Annual report on the Civil Veterinary Department, Burma (including the Insein Veterinary School) - 1932-1941
Year: 1932
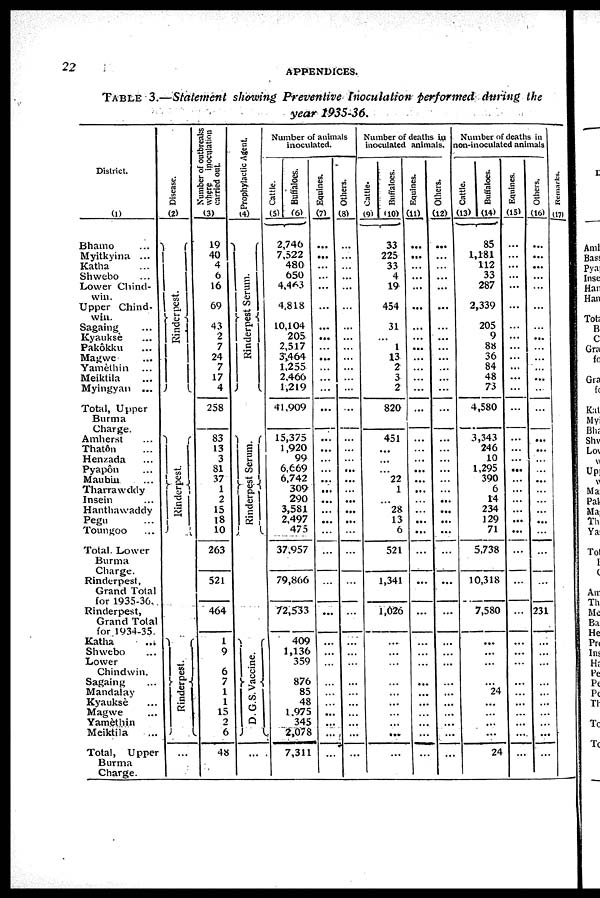
22
APPENDICES.
TABLE
3.—Statement showing Preventive
Inoculation
performed
during
the
year
2935-36.
District.
(1)
Bhamo
...
Myitkyina ...
Katha ...
Shwebo ...
Lower Chind-
win.
Upper Chind-
win.
Sagaing ...
Kyaukse ...
Pakôkku ...
Magwe ...
Yamèthin ...
Meiktila ...
Myingyan ...
Total, Upper
Burma
Charge.
Amherst ...
Thatôn ...
Henzada ...
Pyapôn ...
Maubm ...
Tharrawddy
Insein ...
Hanthawaddy
Pegu ...
Toungoo ...
Total. Lower
Burma
Charge.
Rinderpest,
Grand Total
for 1935-36.
Rinderpest,
Grand Total
for 1934-35.
Katha ...
Shwebo ...
Lower
Chindwin.
Sagaing ...
Mandalay
Kyaukse ...
Magwe ...
Yamèthin
Meiktila ...
Total, Upper
Burma
Charge.
Disease.
(2)
Rinderpest.
Ri nder pes t
.
Rinderpest.
...
Number of outbreaks
where inoculation
carried out.
(3)
19
40
4
6
16
69
43
2
7
24
7
17
4
258
83
13
3
81
37
1
2
15
18
10
263
521
464
1
9
6
7
1
1
15
2
6
48
Prophylactic Agent.
(4)
Rinderpest Se r
um.
Rinderpest Serum.
D. G. S. Vaccine.
...
Number of animals
inoculated.
Cattle.
(5)
Buffaloes.
(6)
2,746
7,522
480
650
4,463
4,818
10,104
205
2,517
3,464
1,255
2,466
1,219
41,909
15,375
1,920
99
6,669
6,742
309
290
3,581
2,497
475
37,957
79,866
72,533
409
1,136
359
876
85
48
1,975
345
2,078
7,311
Equines.
(7)
...
...
...
...
...
...
...
...
...
...
...
...
...
...
...
...
...
...
...
...
...
...
...
...
...
...
...
...
...
...
...
...
...
...
...
...
...
Others.
(8)
...
...
...
...
...
...
...
...
...
...
...
...
...
...
...
...
...
...
...
...
...
...
...
...
...
...
...
...
...
...
...
...
...
...
...
...
...
Number of deaths in
inoculated animals.
Cattle.
(9)
Buffaloes.
(10)
33
225
33
4
19
454
31
...
1
13
2
3
2
820
451
...
...
...
22
1
...
28
13
6
521
1,341
1,026
...
...
...
...
...
...
...
...
...
...
Equines.
(11)
...
...
...
...
...
...
...
...
...
...
...
...
...
...
...
...
...
...
...
...
...
...
...
...
...
...
...
...
...
...
...
...
...
...
...
...
...
Others.
(12)
...
...
...
...
...
...
...
...
...
...
...
...
...
...
...
...
...
...
...
...
...
...
...
...
...
...
...
...
...
...
...
...
...
...
...
...
...
Number of deaths in
on-inoculated animals
Cattle.
(13)
Buffaloes.
(14)
85
1,181
112
33
287
2,339
205
9
88
36
84
48
73
4,580
3,343
246
10
1,295
390
6
14
234
129
71
5,738
10,318
7,580
...
...
...
...
24
...
...
...
...
24
Equines.
(13)
...
...
...
...
...
...
...
...
...
...
...
...
...
...
...
...
...
...
...
...
...
...
...
...
...
...
...
...
...
...
...
...
...
...
...
...
...
Others,
(16)
...
...
...
...
...
...
...
...
...
...
...
...
...
...
...
...
...
...
...
...
...
...
...
...
...
...
231
...
...
...
...
...
...
...
...
...
...
Remarks.
(17)